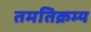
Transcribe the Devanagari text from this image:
तमतिक्रम्य